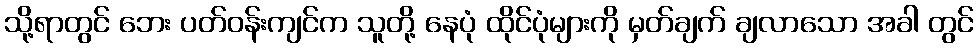
သို့ရာတွင် ဘေး ပတ်ဝန်းကျင်က သူတို့ နေပုံ ထိုင်ပုံများကို မှတ်ချက် ချလာသော အခါ တွင်